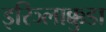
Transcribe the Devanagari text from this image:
इरिञ्लाक्कुडा